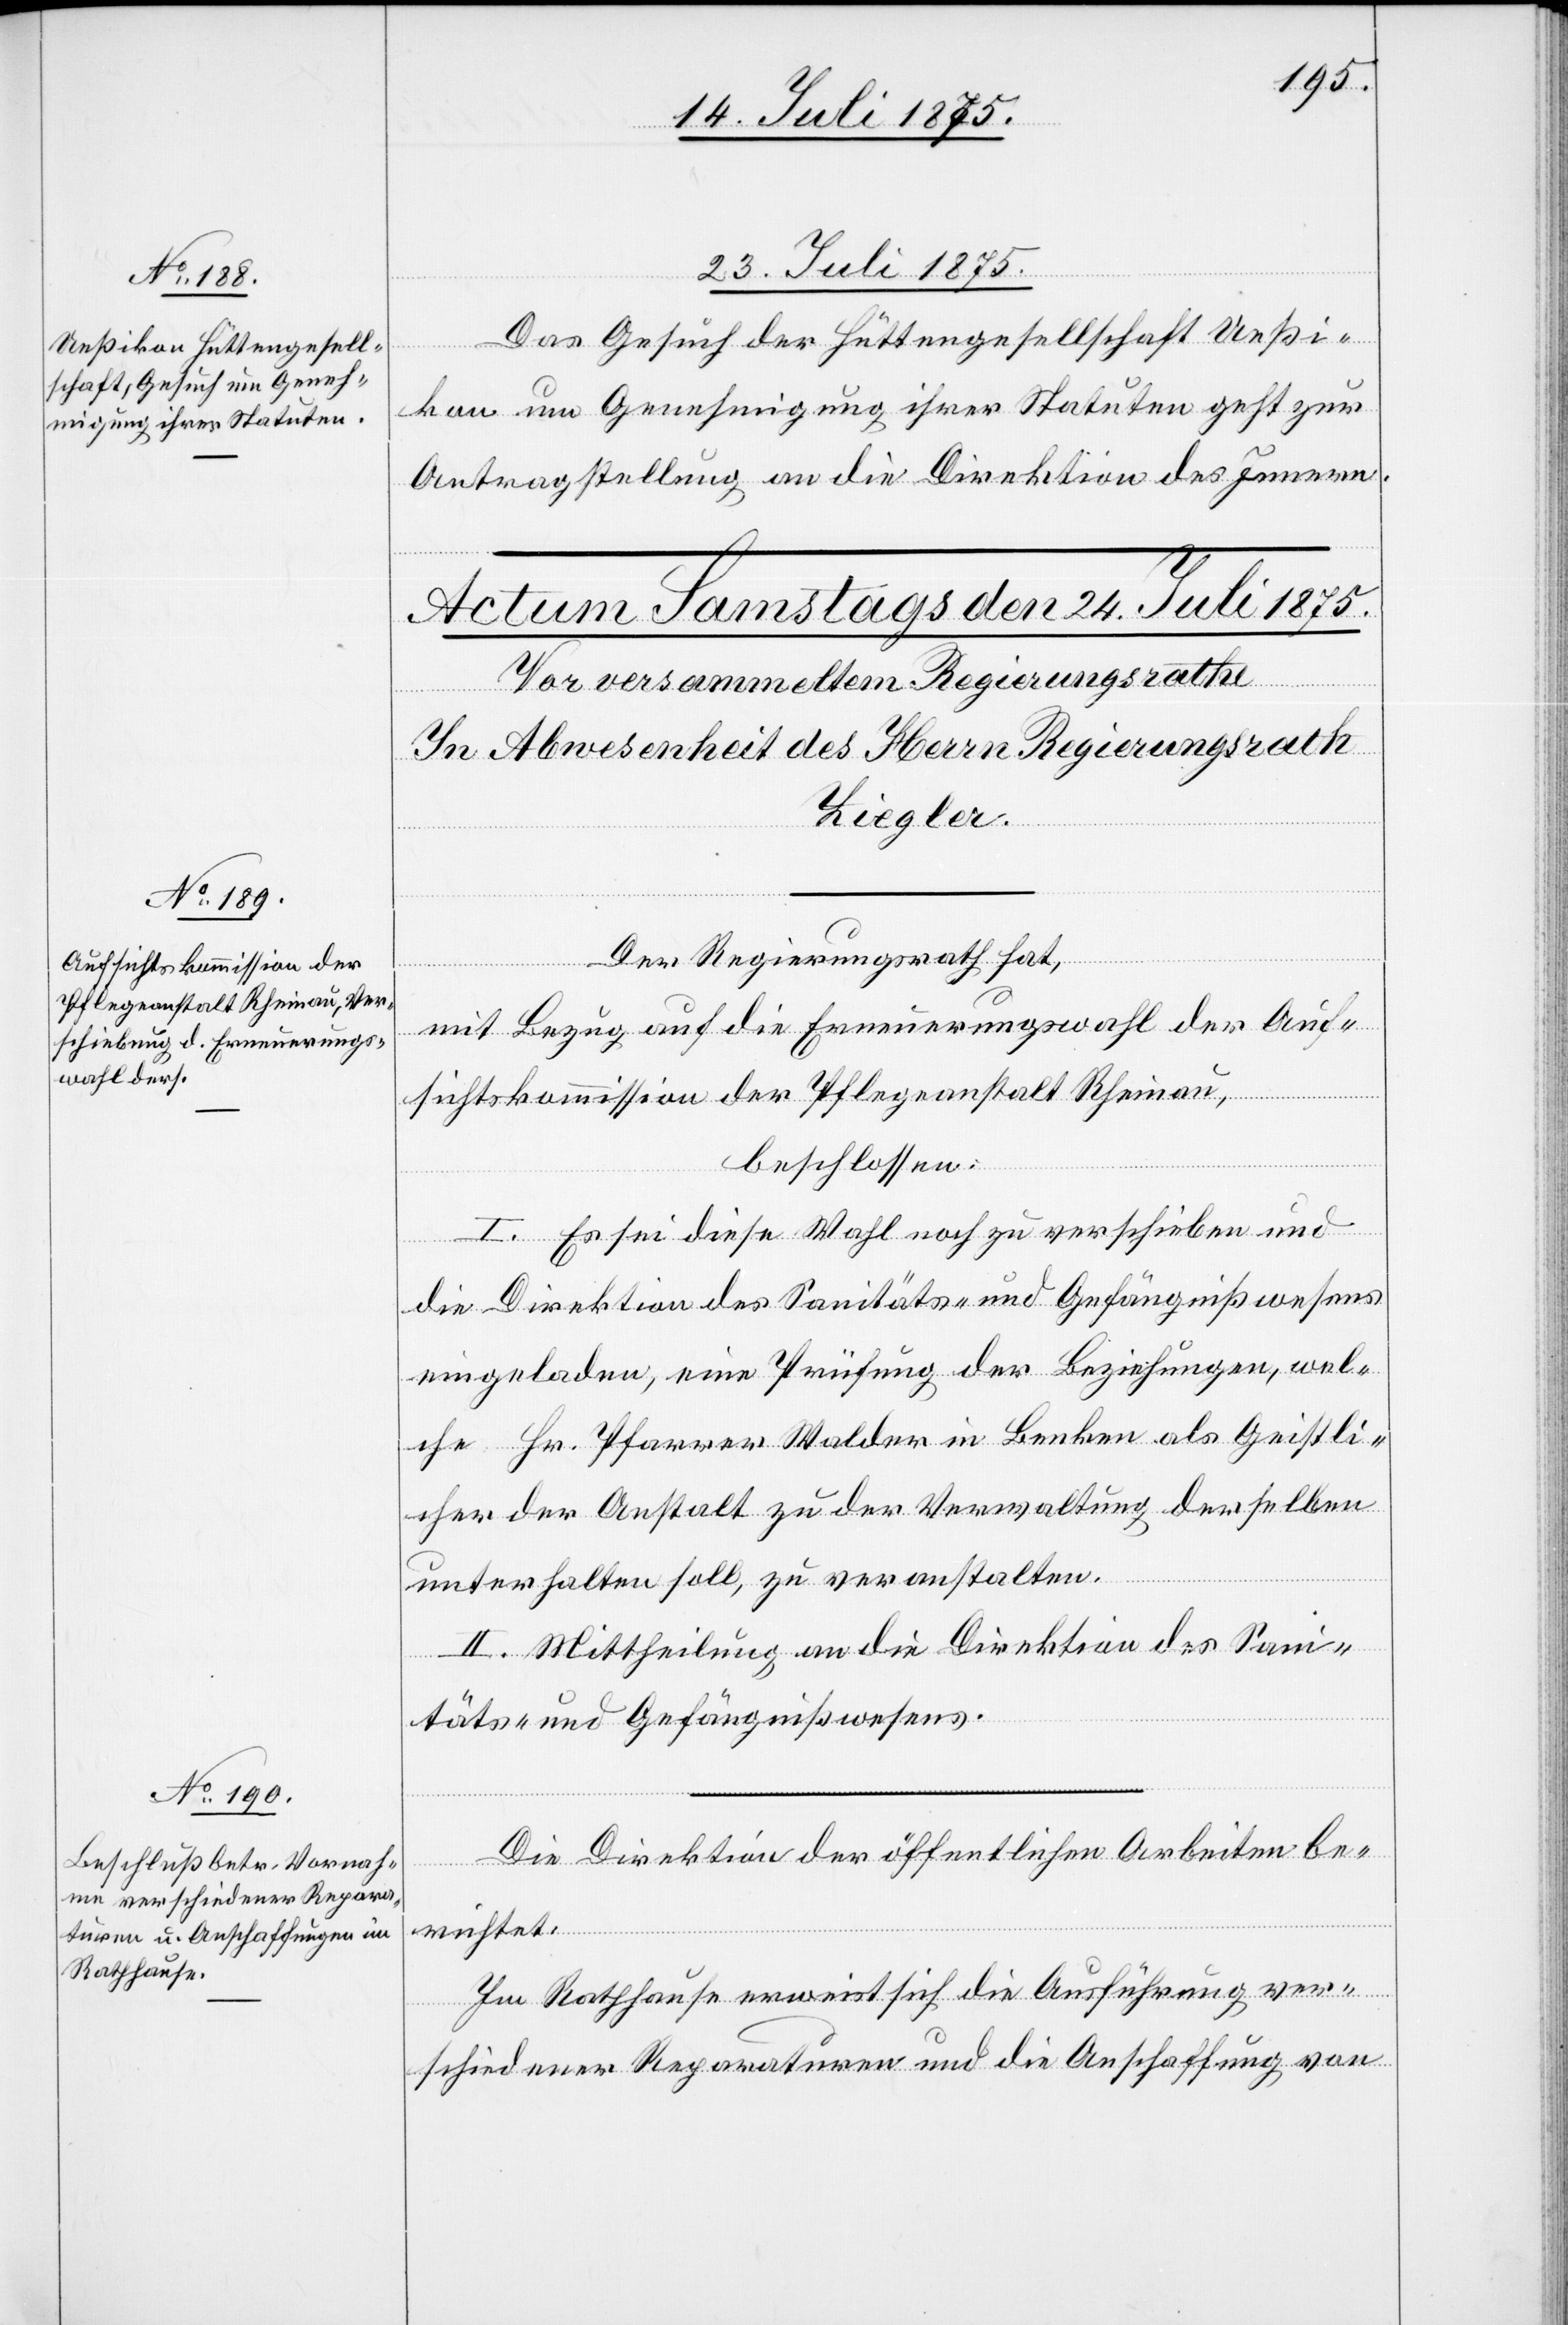
23. Juli 1875.
Das Gesuch der Hüttengesellschaft Ueßi¬
kon um Genehmigung ihrer Statuten geht zur
Antragstellung an die Direktion des Innern.
Der Regierungsrath hat,
mit Bezug auf die Erneuerungswahl der Auf¬
sichtskommission der Pflegeanstalt Rheinau,
beschlossen:
I. Es sei diese Wahl noch zu verschieben und
die Direktion des Sanitäts- und Gefängnißwesens
eingeladen, eine Prüfung der Beziehungen, wel¬
che Hr. Pfarrer Walder in Benken als Geistli¬
cher der Anstalt zu der Verwaltung derselben
unterhalten soll, zu veranstalten.
II. Mittheilung an die Direktion des San¬
itäts- und Gefängnißwesens.
Die Direktion der öffentlichen Arbeiten be¬
richtet:
Im Rathhause erweist sich die Ausführung ver¬
schiedener Reparaturen und die Anschaffung von